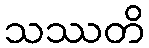
သဿတိ